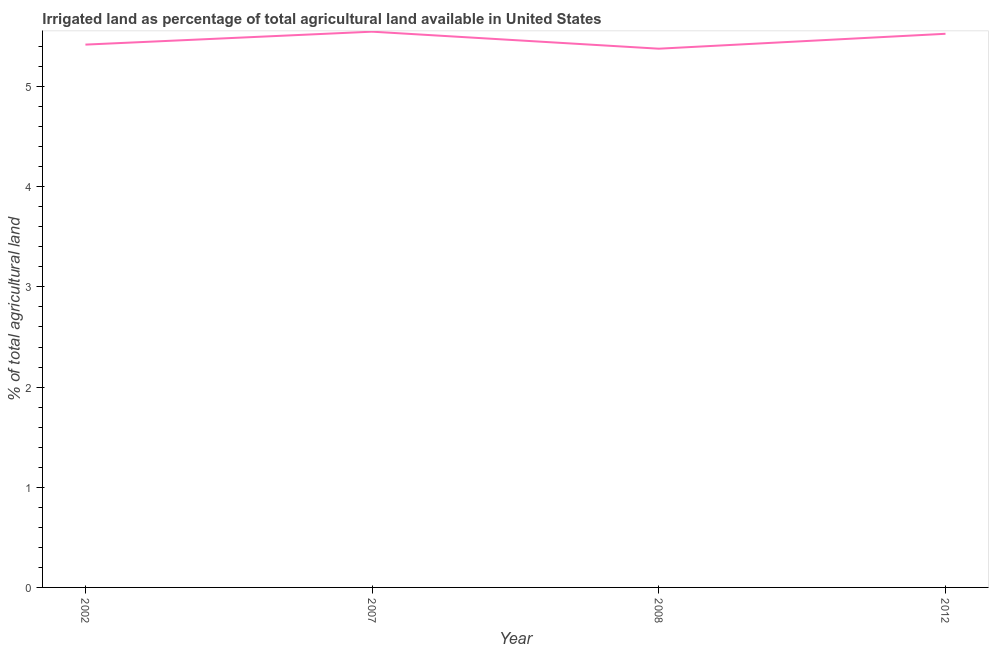
| Year | Agricultural irrigated land  |
 | --- | --- |
 | 2002 | 5.42 |
 | 2007 | 5.55 |
 | 2008 | 5.38 |
 | 2012 | 5.53 |